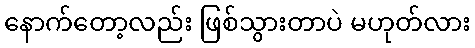
နောက်တော့လည်း ဖြစ်သွားတာပဲ မဟုတ်လား